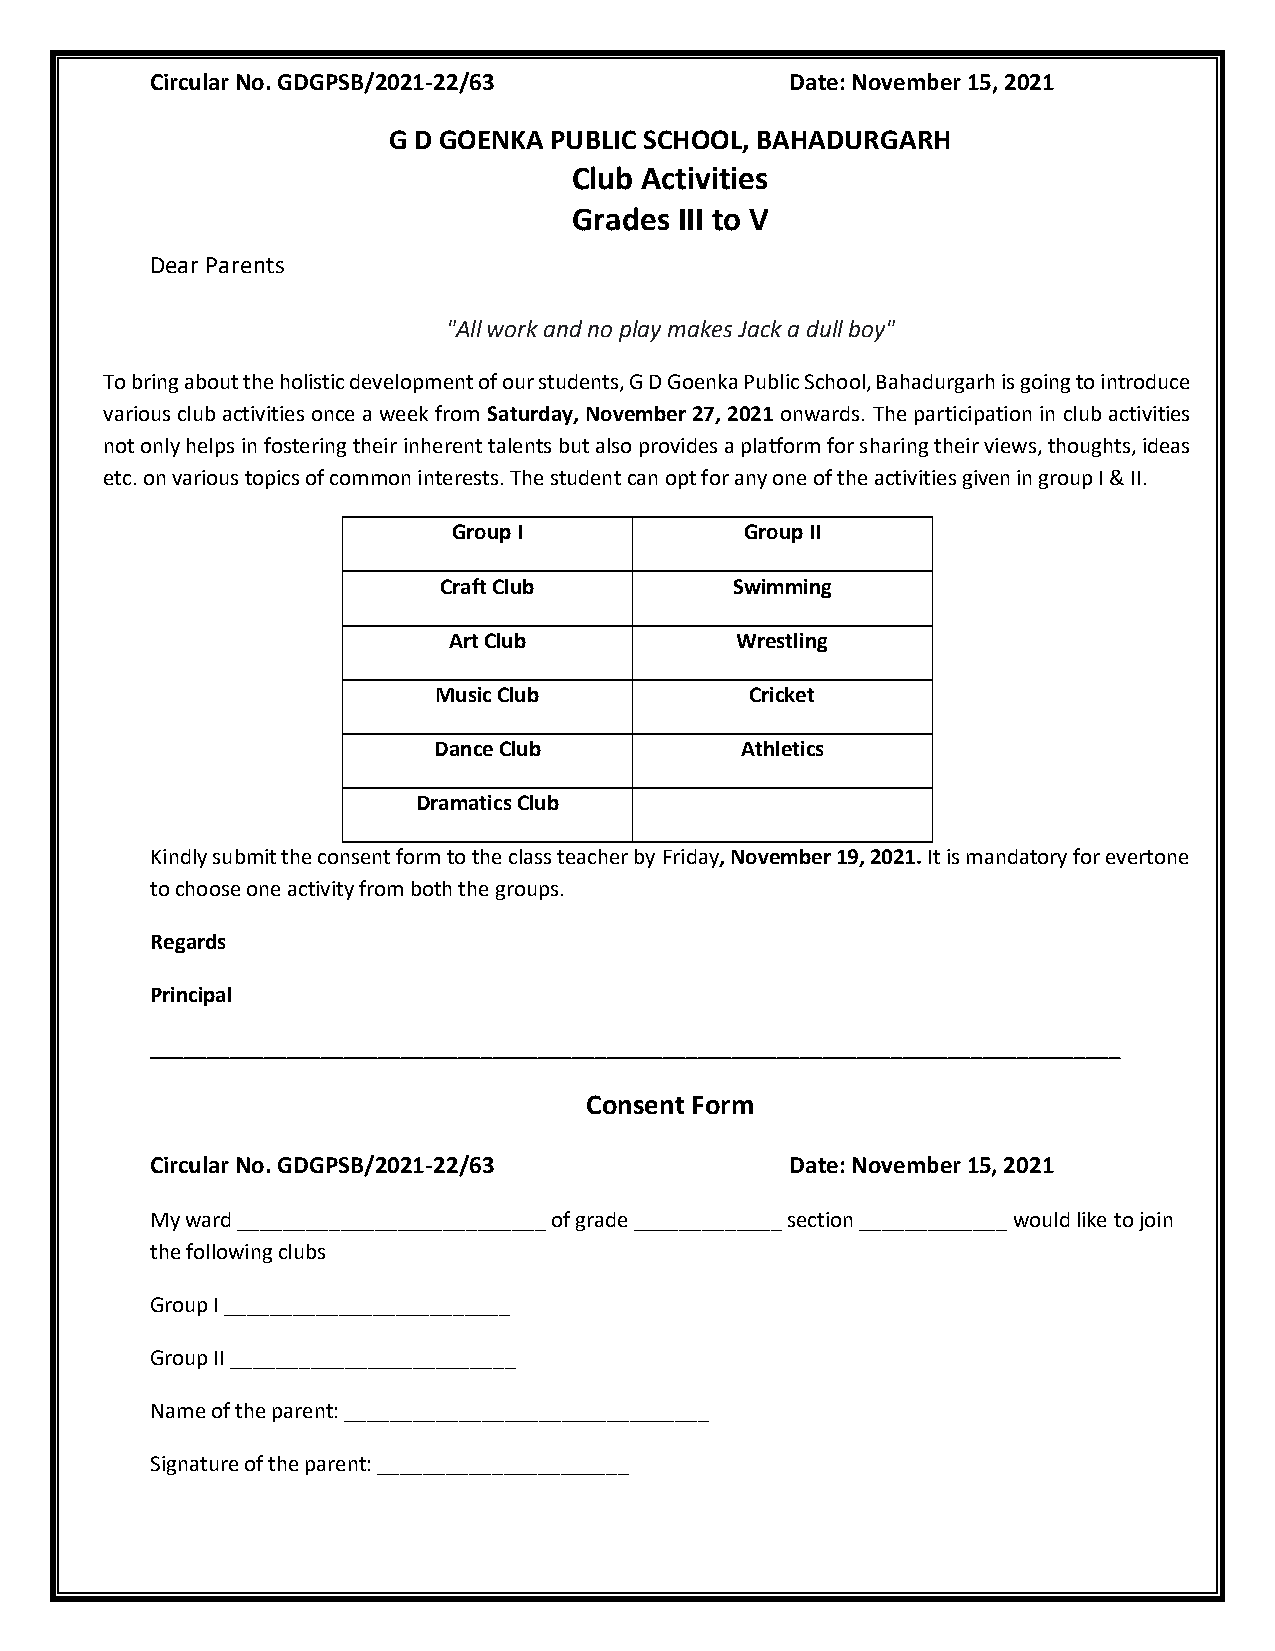
Circular No. GDGPSB/2021-22/63            Date: November 15, 2021
 G D GOENKA PUBLIC SCHOOL, BAHADURGARH
 Club Activities
 Grades III to V
 Dear Parents
 "All work and no play makes Jack a dull boy"
 To bring about the holistic development of our students, G D Goenka Public School, Bahadurgarh is going to introduce
 various club activities once a week from Saturday, November 27, 2021 onwards. The participation in club activities
 not only helps in fostering their inherent talents but also provides a platform for sharing their views, thoughts, ideas
 etc. on various topics of common interests. The student can opt for any one of the activities given in group I & II.
 Group I            Group II
 Craft Club          Swimming
 Art Club           Wrestling
 Music Club           Cricket
 Dance Club          Athletics
 Dramatics Club
 Kindly submit the consent form to the class teacher by Friday, November 19, 2021. It is mandatory for evertone
 to choose one activity from both the groups.
 Regards
 Principal
 _____________________________________________________________________________________
 Consent Form
 Circular No. GDGPSB/2021-22/63            Date: November 15, 2021
 My ward ___________________________ of grade _____________ section _____________ would like to join
 the following clubs
 Group I _________________________
 Group II _________________________
 Name of the parent: ________________________________
 Signature of the parent: ______________________